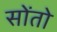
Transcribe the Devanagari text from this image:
सोंतो